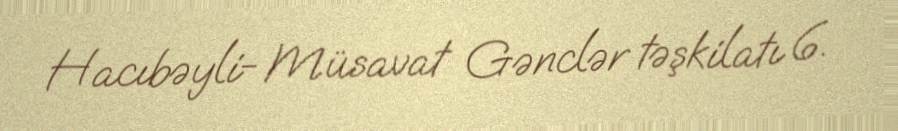
Hacıbəyli- Müsavat Gənclər təşkilatı 6.